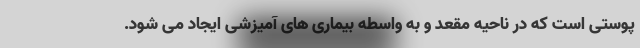
پوستی است که در ناحیه مقعد و به واسطه بیماری های آمیزشی ایجاد می شود.